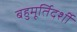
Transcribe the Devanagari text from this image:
बहुमूर्तिदर्शी